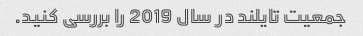
جمعیت تایلند در سال 2019 را بررسی کنید.